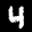
Label: 4